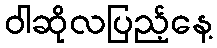
ဝါဆိုလပြည့်နေ့